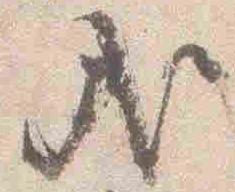
哉